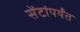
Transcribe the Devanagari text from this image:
सेंटांपर्यंत